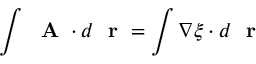
\int \mathrm { ~ \bf ~ A ~ } \cdot d \mathrm { ~ \bf ~ r ~ } = \int \nabla \xi \cdot d \mathrm { ~ \bf ~ r ~ }